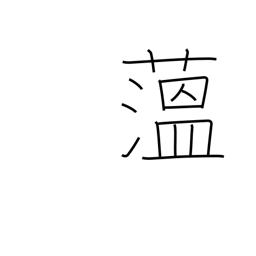
Meaning: hornwort